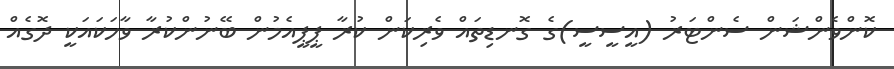
ކޮންވެންޝަން ސެންޓަރު (އީސީސީ)ގެ ގޮނޑިތައް ވެރިކަން ކުރާ ޕީޕީއެމުން ބޭނުންކުރާ ވާހަކައަކީ ދޮގެއް